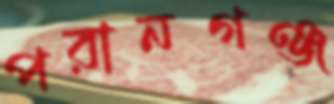
পরানগঞ্জ